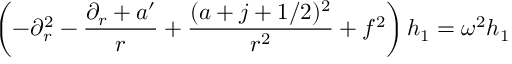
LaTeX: \left( - \partial _ { r } ^ { 2 } - { \frac { \partial _ { r } + a ^ { \prime } } { r } } + { \frac { ( a + j + 1 / 2 ) ^ { 2 } } { r ^ { 2 } } } + f ^ { 2 } \right) h _ { 1 } = \omega ^ { 2 } h _ { 1 }